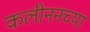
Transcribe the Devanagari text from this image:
कलीननच्या